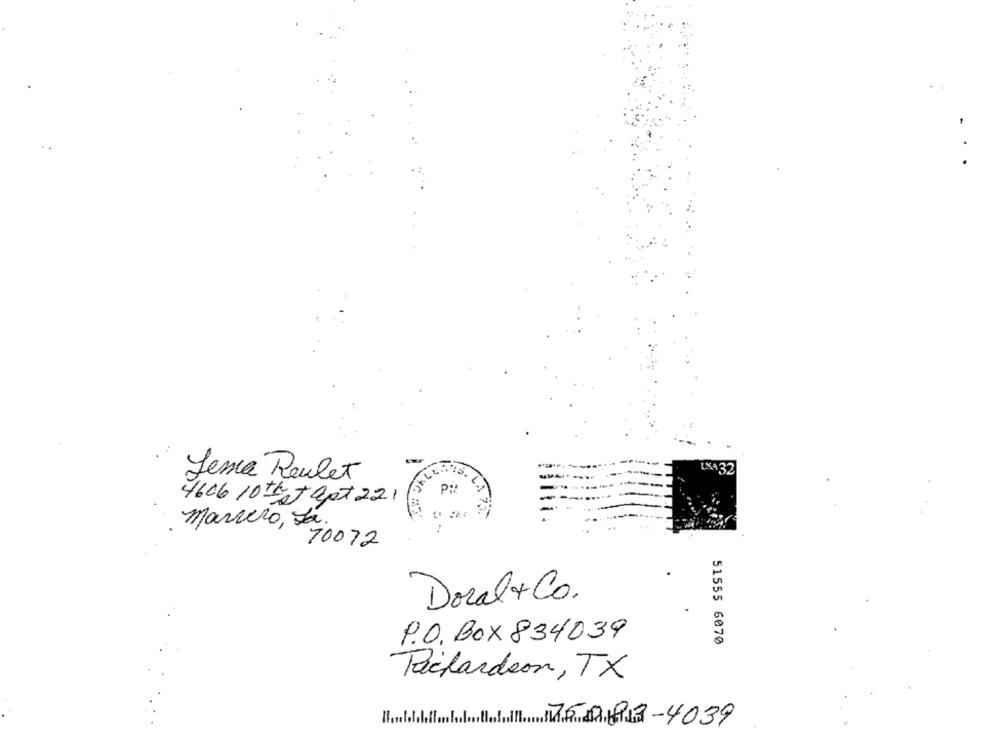
LX432
Lema Reulet
ELLAIS. C.
4606 10th Japt 221 ( PH)
: marrero, La.
70072
Doral & Co.
P. O. Box 834039
51555 6070
Tackardeon, TX
X9893-4039